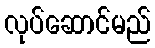
လုပ်ဆောင်မည်